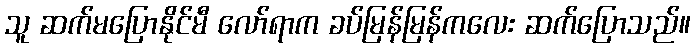
သူ ဆက်မပြောနိုင်မီ လော်ရာက ခပ်မြန်မြန်ကလေး ဆက်ပြောသည်။